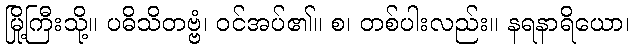
မြို့ကြီးသို့။ ပဓိသိတဗ္ဗံ၊ ဝင်အပ်၏။ စ၊ တစ်ပါးလည်း။ နရနာရိယော၊